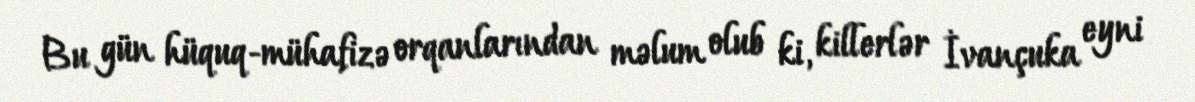
Bu gün hüquq-mühafizə orqanlarından məlum olub ki, killerlər İvançuka eyni